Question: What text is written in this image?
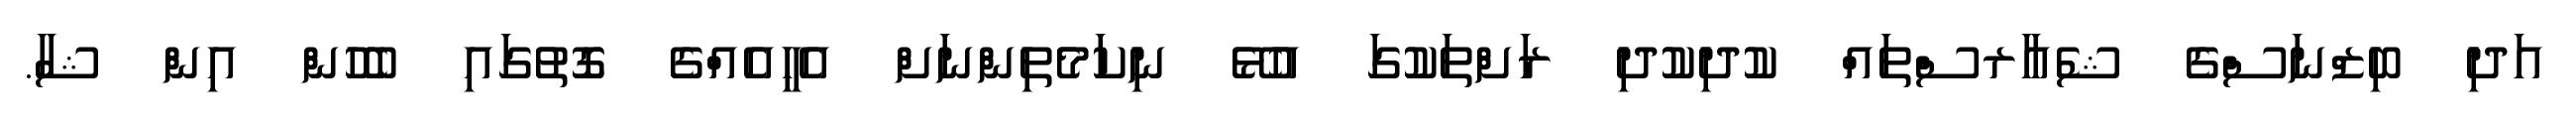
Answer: އަދި ބިޒްނަސްގެ ޝެއާރސްތައް ކުދިކުދި ރަށްތަކުގަ އުޅޭ ނިކަމެތިންނަށް އެހީއެއްގެ ގޮތުގައި ބެހުން އިން ޝާ.